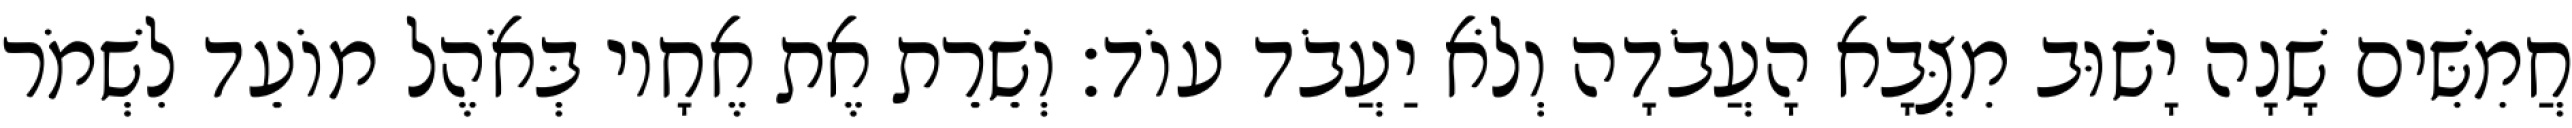
חֲמִשִּׁים שָׁנָה יָשׁוּב מִצְּבָא הָעֲבֹדָה וְלֹא יַעֲבֹד עוֹד׃ וְשֵׁרֵת אֶת אֶחָיו בְּאֹהֶל מוֹעֵד לִשְׁמֹר